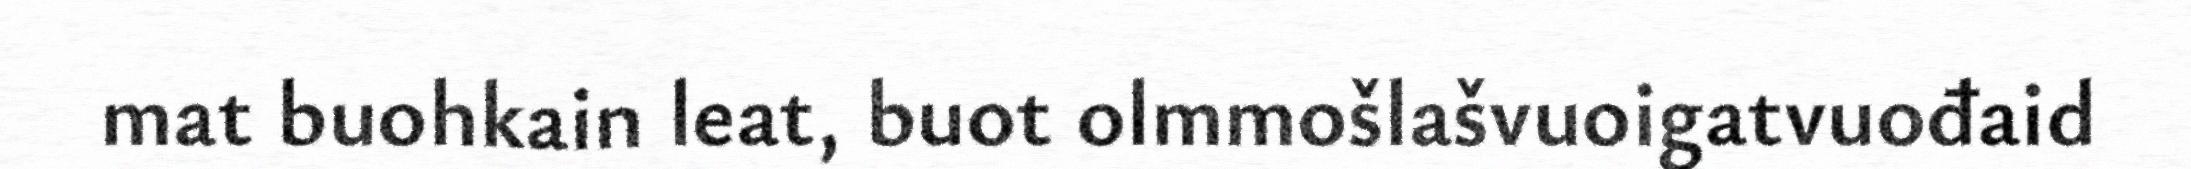
mat buohkain leat, buot olmmošlašvuoigatvuođaid